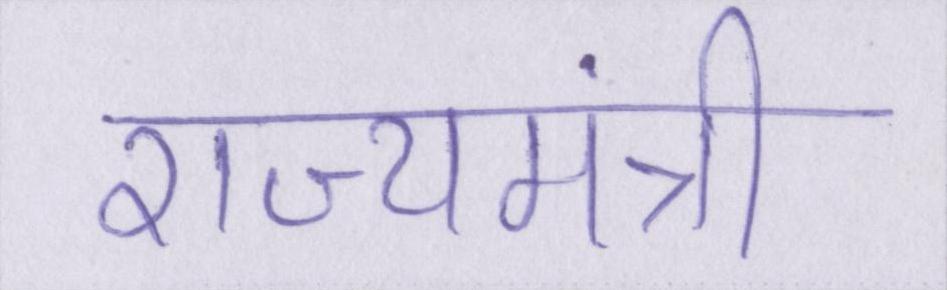
राज्यमंत्री